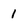
Character: 1